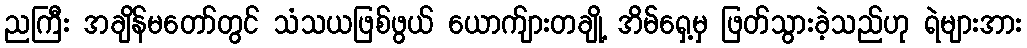
ညကြီး အချိန်မတော်တွင် သံသယဖြစ်ဖွယ် ယောက်ျားတချို့ အိမ်ရှေ့မှ ဖြတ်သွားခဲ့သည်ဟု ရဲများအား